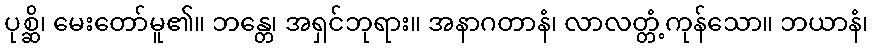
ပုစ္ဆိ၊ မေးတော်မူ၏။ ဘန္တေ၊ အရှင်ဘုရား။ အနာဂတာနံ၊ လာလတ္တံ့ကုန်သော။ ဘယာနံ၊